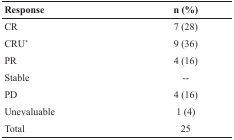
<table><thead><tr><td><b>Response</b></td><td><b>n (%)</b></td></tr></thead><tbody><tr><td>CR</td><td>7 (28)</td></tr><tr><td>CRU<sup>*</sup></td><td>9 (36)</td></tr><tr><td>PR</td><td>4 (16)</td></tr><tr><td>Stable</td><td>--</td></tr><tr><td>PD</td><td>4 (16)</td></tr><tr><td>Unevaluable</td><td>1 (4)</td></tr><tr><td>Total</td><td>25</td></tr></tbody></table>